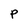
Character: P